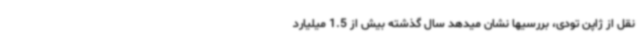
نقل از ژاپن تودی، بررسیها نشان میدهد سال گذشته بیش از 1.5 میلیارد